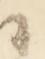
候